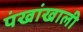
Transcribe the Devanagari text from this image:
पंखांखाली